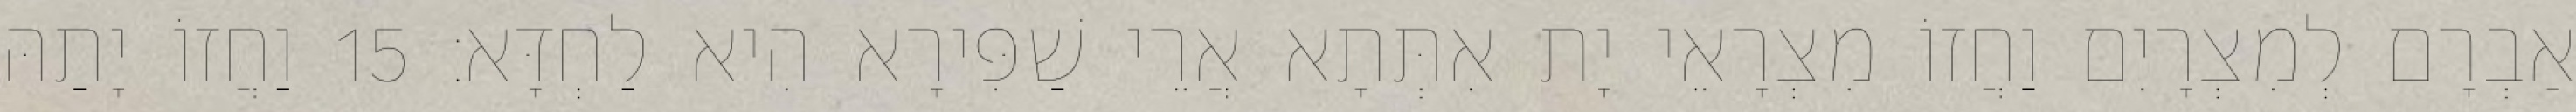
אַבְרָם לְמִצְרָיִם וַחֲזוֹ מִצְרָאֵי יָת אִתְּתָא אֲרֵי שַׁפִּירָא הִיא לַחְדָּא׃ 15 וַחֲזוֹ יָתַהּ